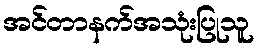
အင်တာနက်အသုံးပြုသူ